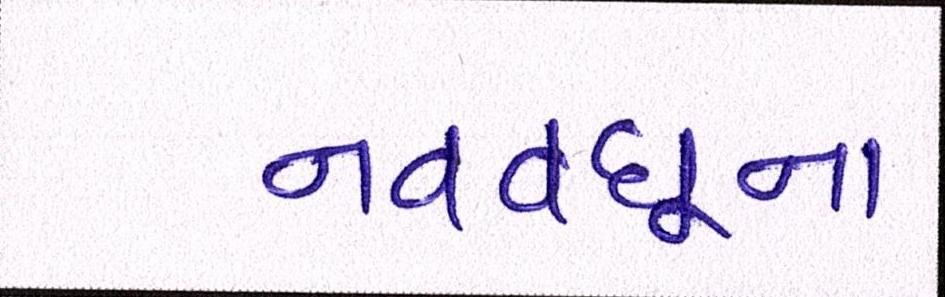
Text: નવવધૂના